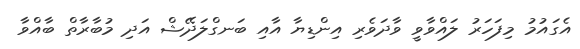
އެގައުމު މިފަހަރު ލައްވާވީ ވާދަވެރި އިންޑިޔާ އާއި ބަނގްލަދޭޝް އަދި މުބާރާތް ބާއްވާ